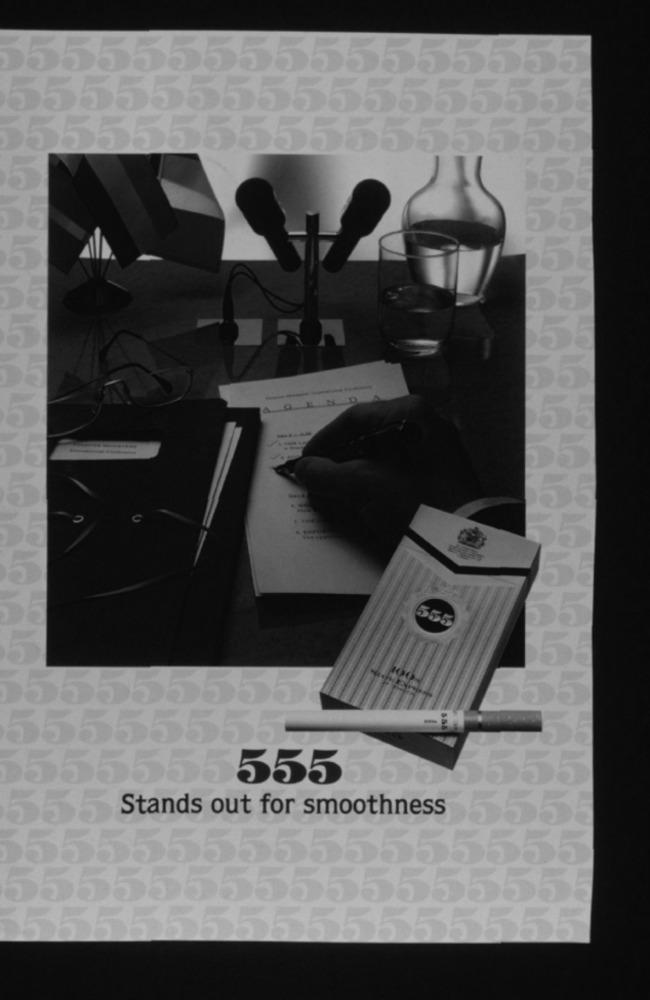
555
100
555
Stands out for smoothness